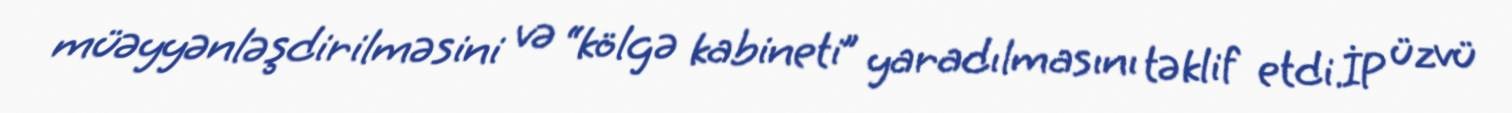
müəyyənləşdirilməsini və “kölgə kabineti” yaradılmasını təklif etdi.İP üzvü